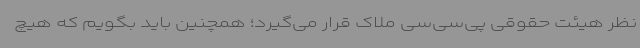
نظر هیئت حقوقی پی‌سی‌سی ملاک قرار می‌گیرد؛ همچنین باید بگویم که هیچ